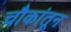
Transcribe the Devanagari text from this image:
चौकांतून